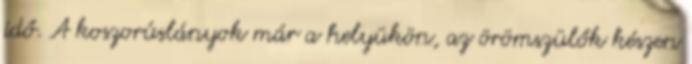
idő. A koszorúslányok már a helyükön, az örömszülők készen